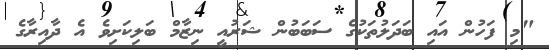
"މި ފަހުން އައި ބަދަލުތަކުގެ ސަބަބުން ޝަރުއީ ނިޒާމް ބަލިކަށިވެ އެ ދާއިރާގެ